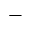
^ -